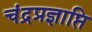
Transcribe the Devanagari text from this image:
चंद्रप्रज्ञाप्ति